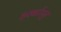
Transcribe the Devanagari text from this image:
हरबर्टपुर